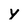
Character: y